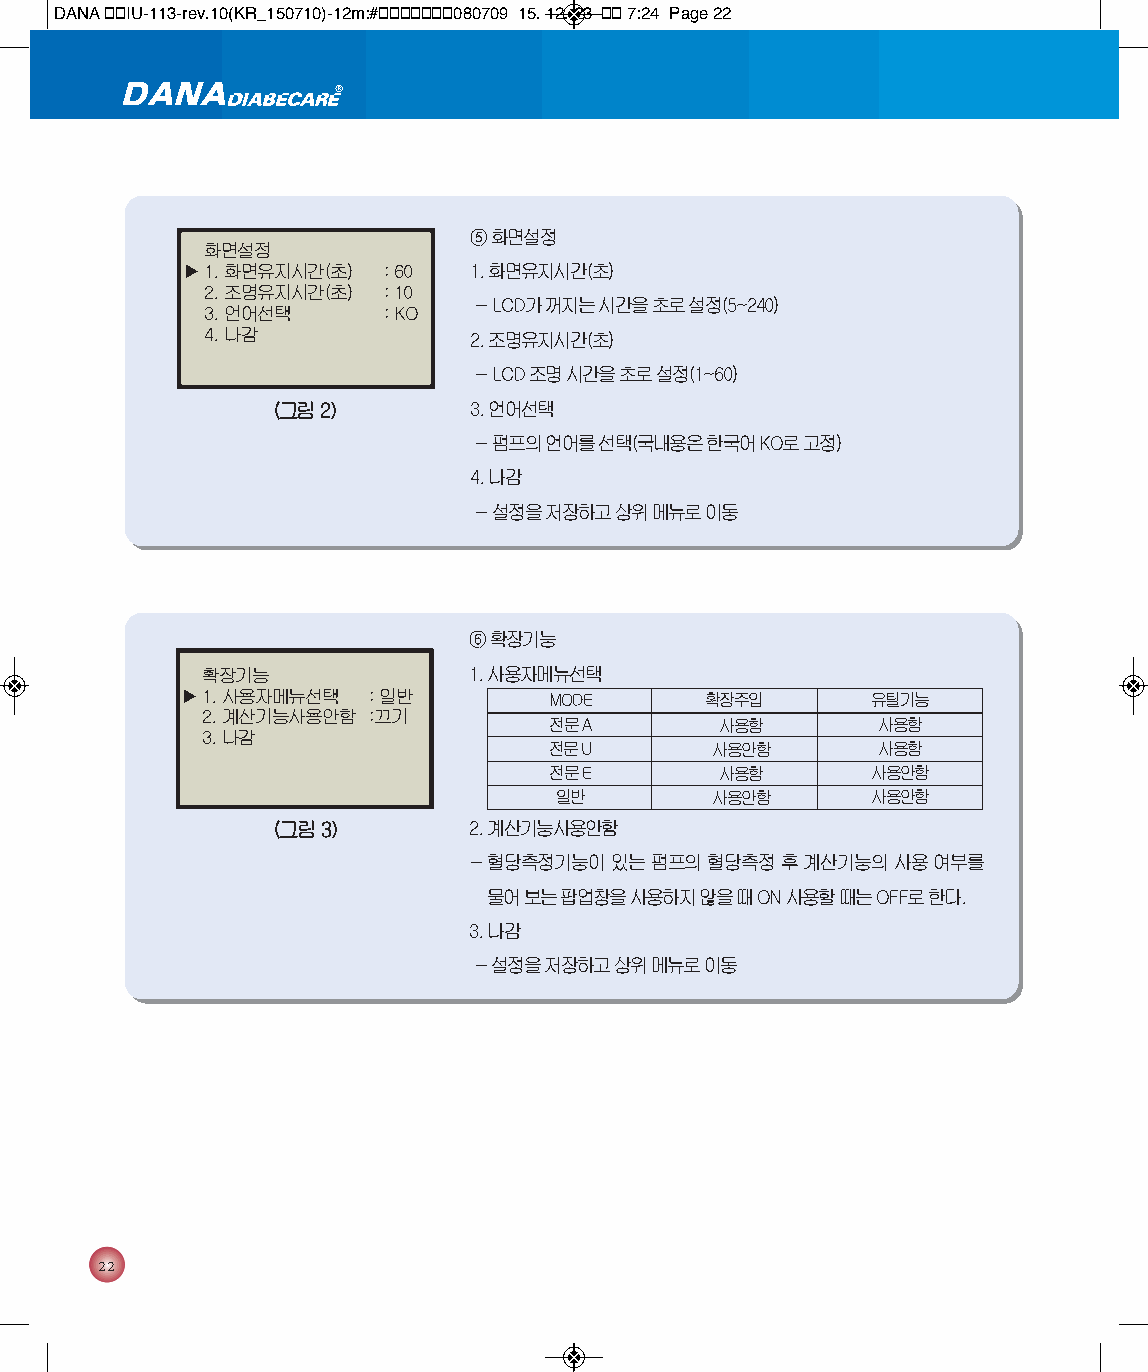
DANA 통통IU-113-rev.10(KR_150710)-12m:#통통통통통통통080709 15. 12. 23 통통 7:24 Page 22
 ⑤ 화면설정
 화면설정
 ▶1. 화면유지시간(초) : 60 1. 화면유지시간(초)
 2. 조명유지시간(초) : 10
 - LCD가 꺼지는 시간을 초로 설정(5~240)
 3. 언어선택     : KO
 4. 나감             2. 조명유지시간(초)
 - LCD조명 시간을 초로 설정(1~60)
 (그림 2)       3. 언어선택
 - 펌프의 언어를 선택(국내용은 한국어 KO로 고정)
 4. 나감
 - 설정을 저장하고 상위 메뉴로 이동
 ⑥ 확장기능
 확장기능              1. 사용자메뉴선택
 ▶1. 사용자메뉴선택 : 일반        MODE       확장주입       유틸기능
 2. 계산기능사용안함 :끄기
 전문 A        사용함       사용함
 3. 나감
 전문 U       사용안함       사용함
 전문 E        사용함       사용안함
 일반        사용안함       사용안함
 (그림 3)       2. 계산기능사용안함
 - 혈당측정기능이 있는 펌프의 혈당측정 후 계산기능의 사용 여부를
 물어 보는 팝업창을 사용하지 않을 때 ON사용할 때는 OFF로 한다.
 3. 나감
 - 설정을 저장하고 상위 메뉴로 이동
 22